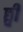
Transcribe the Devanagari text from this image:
छ्वी